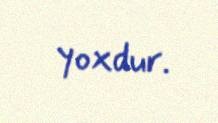
yoxdur.